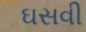
ઘસવી